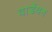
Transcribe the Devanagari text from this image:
वार्डेयन